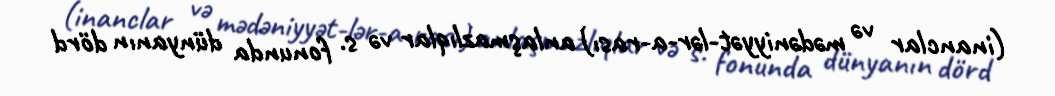
(inanclar və mədəniyyət­lər­a­rası) anlaşmazlıqlar və s. fonunda dünyanın dörd